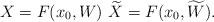
LaTeX: \begin{align*}X = F(x_0,W)\, \,\widetilde X =F(x_0,\widetilde W).\end{align*}